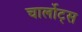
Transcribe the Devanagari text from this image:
चार्लोट्स